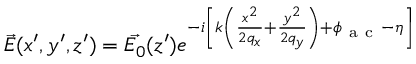
\Vec { E } ( x ^ { \prime } , y ^ { \prime } , z ^ { \prime } ) = \Vec { E _ { 0 } } ( z ^ { \prime } ) e ^ { - i \left[ k \left( \frac { x ^ { 2 } } { 2 q _ { x } } + \frac { y ^ { 2 } } { 2 q _ { y } } \right) + \phi _ { \mathrm { ~ a ~ c ~ } } - \eta \right] }